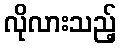
လိုလားသည့်